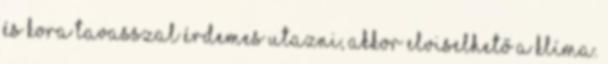
és kora tavasszal érdemes utazni, akkor elviselhető a klíma.